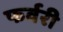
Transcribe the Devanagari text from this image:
फर्वरी